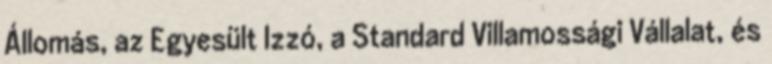
Állomás, az Egyesült Izzó, a Standard Villamossági Vállalat, és